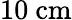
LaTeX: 10~\textup{cm}